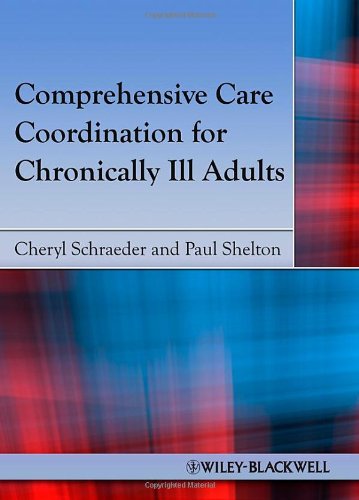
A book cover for Comprehensive Care Coordination for Chronically Ill Adults; Medical Books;